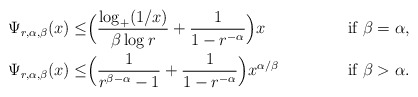
\begin{align*}\Psi_{r,\alpha,\beta}(x) \leq& \Big(\frac{\log_+ (1/x)}{\beta\log r} + \frac{1}{1-r^{-\alpha}}\Big)x&\hbox{if $\beta=\alpha$,}\\\Psi_{r,\alpha,\beta}(x) \leq & \Big(\frac 1 {r^{\beta-\alpha}-1} + \frac 1{1-r^{-\alpha}} \Big) x^{\alpha/\beta} &\hbox{if $\beta>\alpha$.}\end{align*}